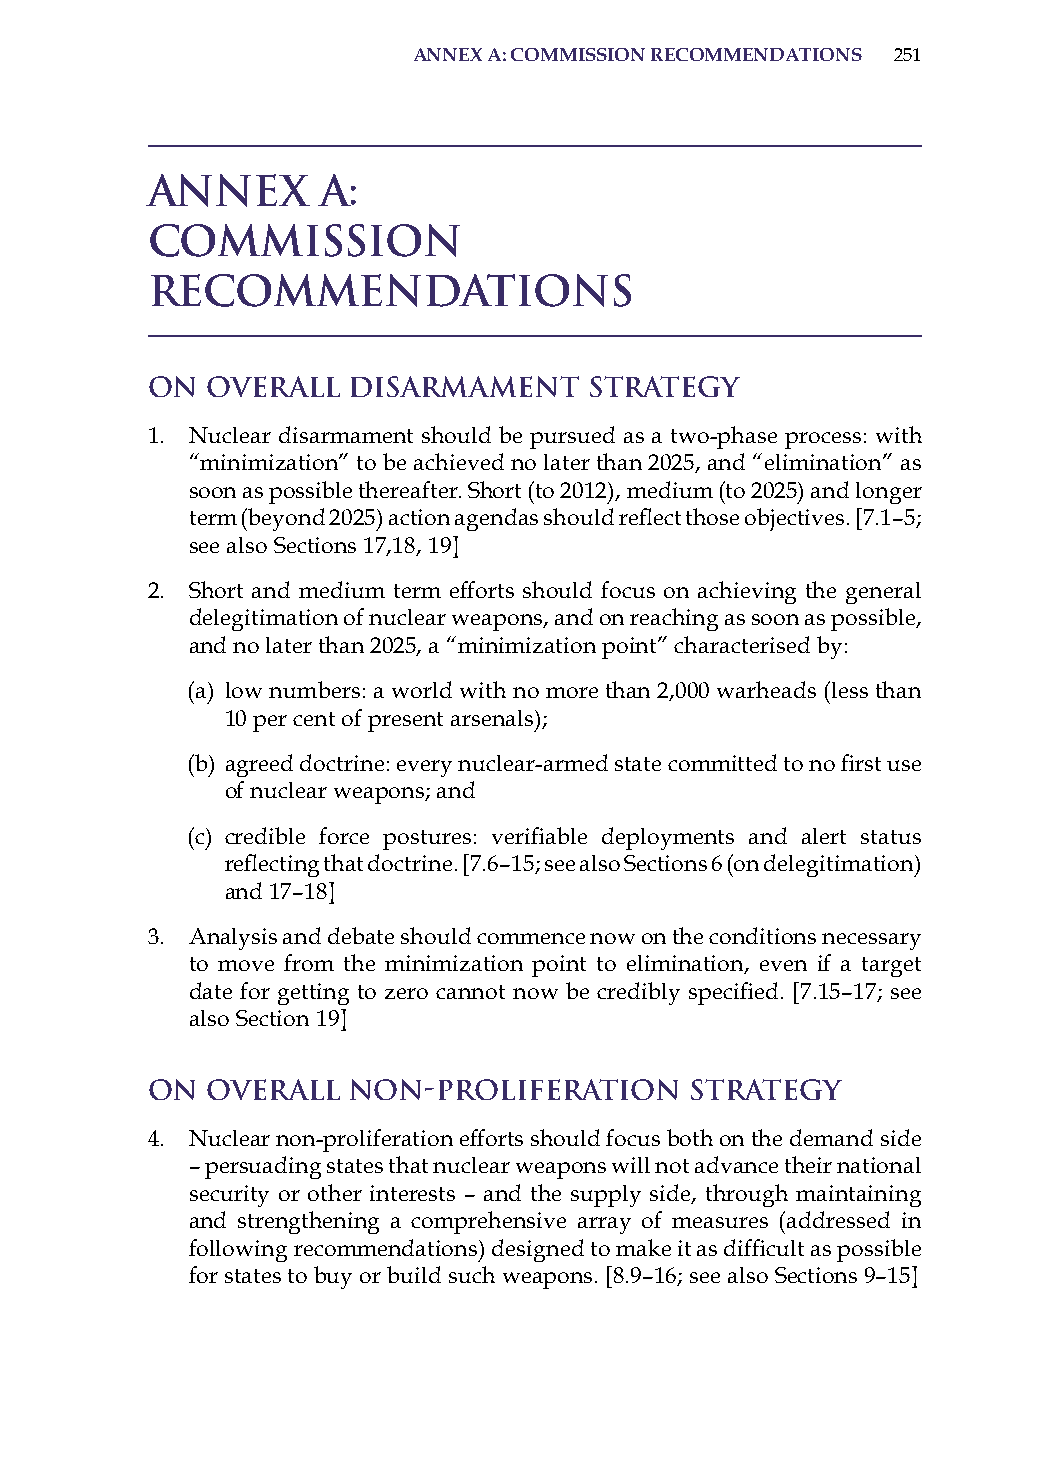
annex a: commission recommendations 251
 Annex      A:
 Commission
 Recommendations
 On  Overall  Disarmament     Strategy
 1. Nuclear disarmament should be pursued as a two-phase process: with
 “minimization” to be achieved no later than 2025, and “elimination” as
 soon as possible thereafter. short (to 2012), medium (to 2025) and longer
 term (beyond 2025) action agendas should reflect those objectives. [7.1–5;
 see also sections 17,18, 19]
 2. short and medium term efforts should focus on achieving the general
 delegitimation of nuclear weapons, and on reaching as soon as possible,
 and no later than 2025, a “minimization point” characterised by:
 (a) low numbers: a world with no more than 2,000 warheads (less than
 10 per cent of present arsenals);
 (b) agreed doctrine: every nuclear-armed state committed to no first use
 of nuclear weapons; and
 (c) credible force postures: verifiable deployments and alert status
 reflecting that doctrine. [7.6–15; see also Sections 6 (on delegitimation)
 and 17–18]
 3. analysis and debate should commence now on the conditions necessary
 to move from the minimization point to elimination, even if a target
 date for getting to zero cannot now be credibly specified. [7.15–17; see
 also section 19]
 On  Overall  Non-proliferation      Strategy
 4. Nuclear non-proliferation efforts should focus both on the demand side
 – persuading states that nuclear weapons will not advance their national
 security or other interests – and the supply side, through maintaining
 and strengthening a comprehensive array of measures (addressed in
 following recommendations) designed to make it as difficult as possible
 for states to buy or build such weapons. [8.9–16; see also sections 9–15]